Lunatic asylums Madras 1877-1891 - 1877-1891
Year: 1877
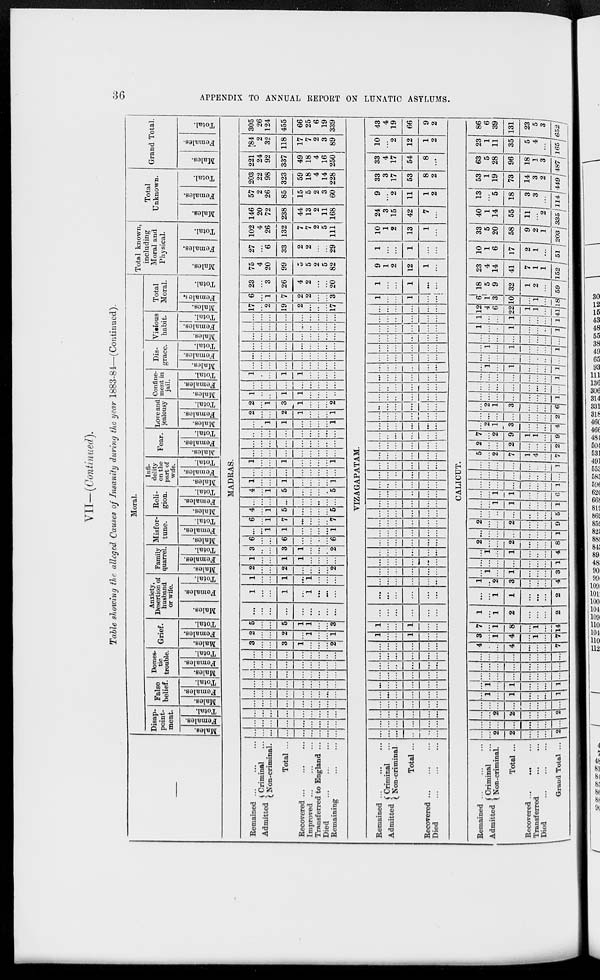
36
APPENDIX TO ANNUAL REPORT ON LUNATIC ASYLUMS.
VII—(Continued).
Table showing the alleged Causes of Insanity during the year 1883-84—(Continued).
—
Moral.
Disap-
point-
ment.
Males.
Females.
Total.
False
belief.
Males.
Females.
Total.
Domes-
tic
trouble.
Males.
Females.
Total.
Grief.
Males.
Females.
Total.
Anxiety,
Desertion of
husband
or wife.
Males.
Females.
Total.
Family
quarrel.
Males.
Females.
Total.
Misfor-
tune.
Males.
Females.
Total.
Reli-
gion.
Males.
Females.
Total.
Infi-
delity
on the
part of
wife.
Males.
Females.
Total.
Fear.
Males.
Females.
Total.
Love and
jealousy
Males.
Females.
Total.
Confine-
ment in
jail.
Males.
Females.
Total.
Dis-
grace.
Males.
Females.
Total.
Vioious
habit.
Males.
Females.
Total.
Total
Moral.
Males.
Females.
Total.
Total known,
including
Moral and
Physical.
Males.
Females.
Total.
Total
Unknown.
Males.
Females.
Total.
Grand Total.
Males.
Females.
Total.
MADRAS.
Remained ... ... ...
Admitted
Criminal ...
Non-criminal.
Total ...
Recovered ...
...
...
Improved ... ... ...
Transferred to England ...
Died ... ... ...
Remaining ... ...
...
...
...
...
...
...
...
...
...
...
...
...
...
...
...
...
...
...
...
...
...
...
...
...
...
...
...
...
...
...
...
...
...
...
...
...
...
...
...
...
...
...
...
...
...
...
...
...
...
...
...
...
...
...
...
...
...
...
...
...
...
...
...
...
...
...
...
...
...
...
...
...
...
...
...
...
...
...
...
...
...
3
...
...
3
1
...
...
...
2
2
...
...
2
...
1
...
...
1
5
...
...
5
1
1
...
...
3
...
...
...
...
...
...
...
...
...
1
...
...
1
...
1
...
...
...
1
...
...
1
...
1
...
...
...
2
...
...
2
...
...
...
...
2
1
...
...
1
1
...
...
...
...
3
...
...
3
1
...
...
...
2
6
...
...
6
...
...
...
...
6
...
...
1
1
...
...
...
...
1
6
...
1
7
...
...
...
...
7
4
...
1
5
...
...
...
...
5
...
...
...
...
...
...
...
...
...
4
...
1
5
...
...
...
...
5
1
...
...
1
...
...
...
...
1
...
...
...
...
...
...
...
...
...
1
...
...
1
...
...
...
...
1
...
...
...
...
...
...
...
...
...
...
...
...
...
...
...
...
...
...
...
...
...
...
...
...
...
...
...
...
...
1
1
...
...
...
...
1
2
...
...
2
1
...
...
...
1
2
...
1
3
1
...
...
...
2
1
...
...
1
1
...
...
...
...
...
...
...
...
...
...
...
...
...
1
...
...
1
1
...
...
...
...
...
...
...
...
...
...
...
...
...
...
...
...
...
...
...
...
...
...
...
...
...
...
...
...
...
...
...
...
...
...
...
...
...
...
...
...
...
...
...
...
...
...
...
...
...
...
...
...
...
...
...
...
...
...
17
...
2
19
2
...
...
...
17
6
...
1
7
2
2
...
...
3
23
...
3
26
4
2
...
...
20
75
4
20
99
5
5
2
5
82
27
...
6
33
2
2
...
...
29
102
4
26
132
7
7
2
5
111
146
20
72
238
44
13
2
11
168
57
2
26
85
15
5
2
3
60
203
22
98
323
59
18
4
14
228
221
24
92
337
49
18
4
16
250
84
2
32
118
17
7
2
3
89
305
26
124
455
66
25
6
19
339
VIZAGAPATAM.
Remained ... ... ...
Admitted
Criminal ...
Non-criminal.
Total ...
Recovered ...
... ...
Died ... ... ...
...
...
...
...
...
...
...
...
...
...
...
...
...
...
...
...
...
...
...
...
...
...
...
...
...
...
...
...
...
...
...
...
...
...
...
...
...
...
...
...
...
...
...
...
...
...
...
...
...
...
...
...
...
...
...
...
...
...
...
...
1
...
...
1
...
...
1
...
...
1
...
...
...
...
...
...
...
...
...
...
...
...
...
...
...
...
...
...
...
...
...
...
...
...
...
...
...
...
...
...
...
...
...
...
...
...
...
...
...
...
...
...
...
...
...
...
...
...
...
...
...
...
...
...
...
...
...
...
...
...
...
...
...
...
...
...
...
...
...
...
...
...
...
...
...
...
...
...
...
...
...
...
...
...
...
...
...
...
...
...
...
...
...
...
...
...
...
...
...
...
...
...
...
...
...
...
...
...
...
...
...
...
...
...
...
...
...
...
...
...
...
...
...
...
...
...
...
...
...
...
...
...
...
...
...
...
...
...
...
...
...
...
...
...
...
...
...
...
...
...
...
...
...
...
...
...
...
...
...
...
...
...
...
...
...
...
...
...
...
...
...
...
...
...
...
...
...
...
...
...
...
...
...
...
...
...
...
...
1
...
...
1
...
...
1
...
...
1
...
...
9
1
2
12
1
...
1
...
...
1
...
...
10
1
2
13
1
...
24
3
15
42
7
...
9
...
2
11
1
2
33
3
17
53
8
2
33
4
17
54
8
...
10
...
2
12
1
2
43
4
19
66
9
2
CALICUT.
Remained ... ... ...
Admitted
Criminal ...
Non-criminal.
Total ...
Recovered ... ... ...
Transferred ... ...
Died ... ... ...
Grand Total ...
...
...
2
2.
...
...
...
2
...
...
...
...
...
...
...
...
...
...
2
2
...
...
...
2
...
...
...
...
...
...
...
...
...
1
...
1
...
...
...
1
...
1
...
1
...
...
...
1
...
...
...
...
...
...
...
...
...
...
...
...
...
...
...
...
...
...
...
...
...
...
...
...
4
...
...
4
...
...
...
7
3
...
1
4
...
1
...
7
7
...
1
8
...
1
...
14
1
...
1
2
...
...
...
2
...
...
1
1
...
...
...
2
1
...
2.
3
...
...
...
4
...
1
...
1
...
...
...
3
...
...
...
...
...
...
...
1
...
1
...
1
...
...
...
4
2
...
...
2
...
...
...
8
...
...
...
...
...
...
...
1
2
...
...
2
...
...
...
9
...
...
...
...
...
...
...
5
...
...
1
1
...
...
...
1
...
...
1
1
...
...
...
6
...
...
...
...
...
...
...
1
...
...
...
...
...
...
...
...
...
...
...
...
...
...
...
1
5
...
2
7
1
4
...
7
2
...
...
2
...
...
...
2
7
...
2
9
1
4
...
9
...
2
1
3
...
...
...
4
...
...
...
...
...
...
...
2
...
2..
1
3
...
...
...
6
...
...
...
...
...
...
...
...
...
...
...
...
...
...
...
1
...
...
...
...
...
...
...
1
...
1.
...
1
...
...
...
...
...
...
...
...
...
...
...
1
...
1
...
1
...
...
...
1
...
...
...
...
...
...
...
...
1
...
...
1
...
...
...
1
1
...
...
1
...
...
...
1
12
4
6
22
1
1
...
41
6
1
3
10
...
1
...
18
18
5
9
32
1
2
...
59
23
4
14
41
7
1
1
152
10
1
6
17
2
1
...
51
33
5
20
58
9
2
1
203
40
1
14
55
11
...
2
335
13
...
5
18
3
3
...
114
53
1
19
73
14
3
2
449
63
5
28
96
18
1
3
487
23
1
11
35
5
4
...
165
86
6
39
131
23
5
3
652